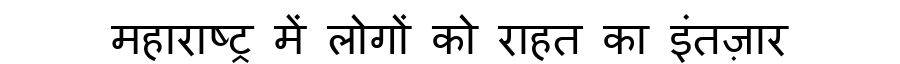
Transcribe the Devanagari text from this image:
महाराष्ट्र में लोगों को राहत का इंतज़ार